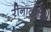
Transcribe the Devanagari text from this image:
रीनात्पेरिन